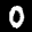
Label: 0